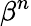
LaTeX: \beta^{n}